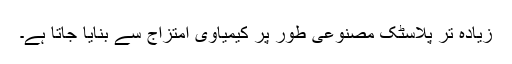
زیادہ تر پلاسٹک مصنوعی طور پر کیمیاوی امتزاج سے بنایا جاتا ہے۔